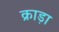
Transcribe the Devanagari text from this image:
क्राड़ा